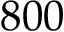
8 0 0